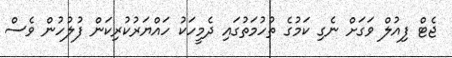
ޖެޓް ފިއުލް ވަގަށް ނެގި ކަމުގެ ތުހުމަތުގައި ދެމީހަކު ހައްޔަރުކުރިކަން ފުލުހުން ވެސް